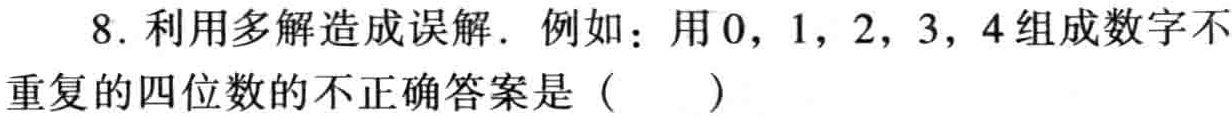
8. 利用多解造成误解. 例如：用0，1，2，3，4组成数字不
重复的四位数的不正确答案是（  ）